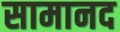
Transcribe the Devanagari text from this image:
सामानद